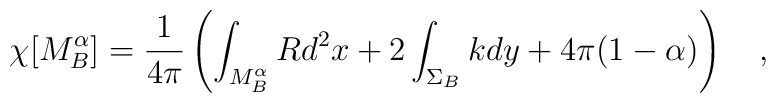
\chi[M_B^\alpha]={1 \over 4\pi}\left(\int_{M_B^\alpha} Rd^2x+2\int_{\Sigma_B}k dy +4\pi(1-\alpha)\right)~~~,